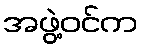
အဖွဲ့ဝင်က